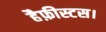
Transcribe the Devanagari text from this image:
हैफ़ीस्टस।